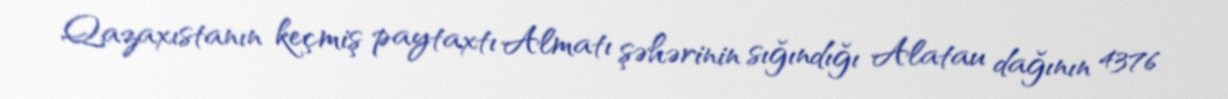
Qazaxıstanın keçmiş paytaxtı Almatı şəhərinin sığındığı Alatau dağının 4376